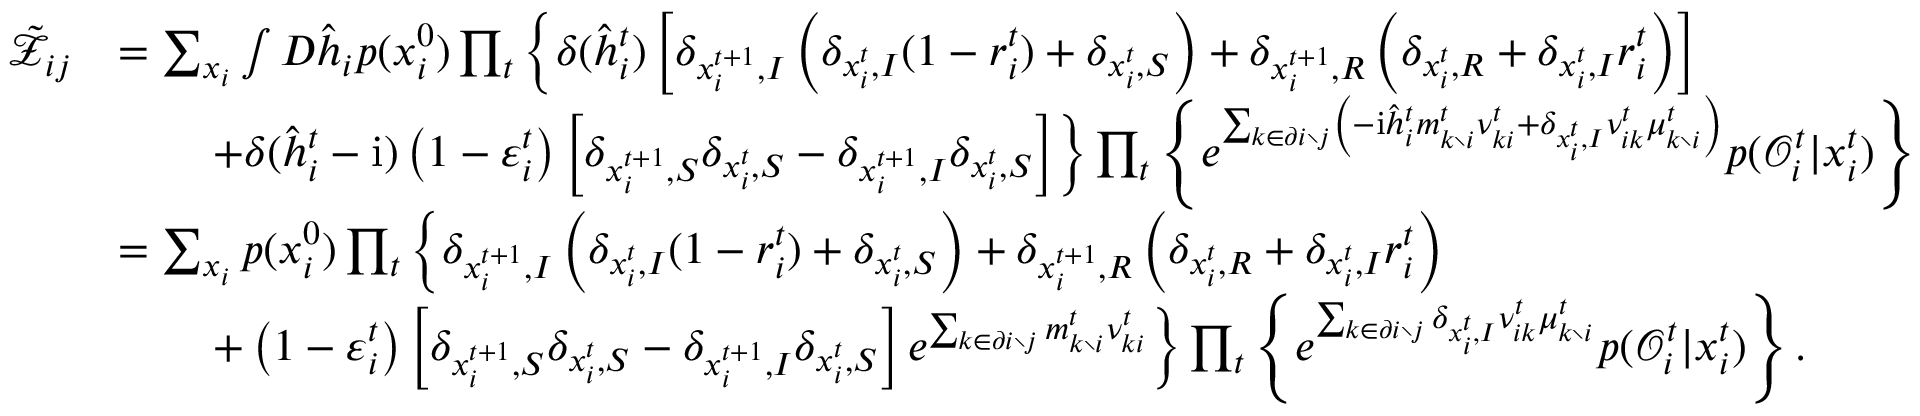
\begin{array} { r l } { \tilde { \mathcal { Z } } _ { i j } } & { = \sum _ { \boldsymbol { x } _ { i } } \int D \hat { \boldsymbol { h } } _ { i } p ( x _ { i } ^ { 0 } ) \prod _ { t } \left\{ \delta ( \hat { h } _ { i } ^ { t } ) \left[ \delta _ { x _ { i } ^ { t + 1 } , I } \left( \delta _ { x _ { i } ^ { t } , I } ( 1 - r _ { i } ^ { t } ) + \delta _ { x _ { i } ^ { t } , S } \right) + \delta _ { x _ { i } ^ { t + 1 } , R } \left( \delta _ { x _ { i } ^ { t } , R } + \delta _ { x _ { i } ^ { t } , I } r _ { i } ^ { t } \right) \right] \right. } \\ & { \qquad \left. + \delta ( \hat { h } _ { i } ^ { t } - \mathrm { i } ) \left( 1 - \varepsilon _ { i } ^ { t } \right) \left[ \delta _ { x _ { i } ^ { t + 1 } , S } \delta _ { x _ { i } ^ { t } , S } - \delta _ { x _ { i } ^ { t + 1 } , I } \delta _ { x _ { i } ^ { t } , S } \right] \right\} \prod _ { t } \left\{ e ^ { \sum _ { k \in \partial i \setminus j } \left( - \mathrm { i } \hat { h } _ { i } ^ { t } m _ { k \setminus i } ^ { t } \nu _ { k i } ^ { t } + \delta _ { x _ { i } ^ { t } , I } \nu _ { i k } ^ { t } \mu _ { k \setminus i } ^ { t } \right) } p ( \mathcal { O } _ { i } ^ { t } | x _ { i } ^ { t } ) \right\} } \\ & { = \sum _ { \boldsymbol { x } _ { i } } p ( x _ { i } ^ { 0 } ) \prod _ { t } \left\{ \delta _ { x _ { i } ^ { t + 1 } , I } \left( \delta _ { x _ { i } ^ { t } , I } ( 1 - r _ { i } ^ { t } ) + \delta _ { x _ { i } ^ { t } , S } \right) + \delta _ { x _ { i } ^ { t + 1 } , R } \left( \delta _ { x _ { i } ^ { t } , R } + \delta _ { x _ { i } ^ { t } , I } r _ { i } ^ { t } \right) \right. } \\ & { \qquad \left. + \left( 1 - \varepsilon _ { i } ^ { t } \right) \left[ \delta _ { x _ { i } ^ { t + 1 } , S } \delta _ { x _ { i } ^ { t } , S } - \delta _ { x _ { i } ^ { t + 1 } , I } \delta _ { x _ { i } ^ { t } , S } \right] e ^ { \sum _ { k \in \partial i \setminus j } m _ { k \setminus i } ^ { t } \nu _ { k i } ^ { t } } \right\} \prod _ { t } \left\{ e ^ { \sum _ { k \in \partial i \setminus j } \delta _ { x _ { i } ^ { t } , I } \nu _ { i k } ^ { t } \mu _ { k \setminus i } ^ { t } } p ( \mathcal { O } _ { i } ^ { t } | x _ { i } ^ { t } ) \right\} . } \end{array}